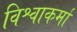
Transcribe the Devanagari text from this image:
विश्वाकर्मा